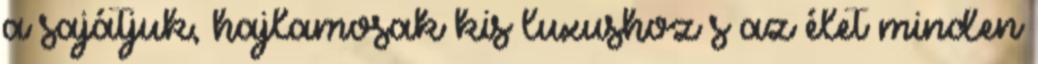
a sajátjuk, hajlamosak kis luxushoz s az élet minden